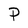
Character: p